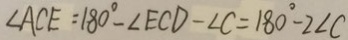
\angle A C E = 1 8 0 ^ { \circ } - \angle E C D - \angle C = 1 8 0 ^ { \circ } - 2 \angle C